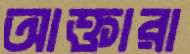
আক্তারা